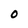
Character: O